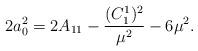
LaTeX: \begin{align*}2a_0^2=2A_{11}-\frac{(C^1_1)^2}{\mu^2}-6\mu^2.\end{align*}